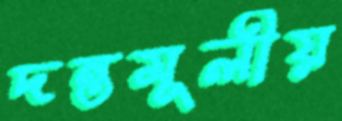
দন্তমূলীয়